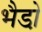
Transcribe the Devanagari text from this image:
भैडो़